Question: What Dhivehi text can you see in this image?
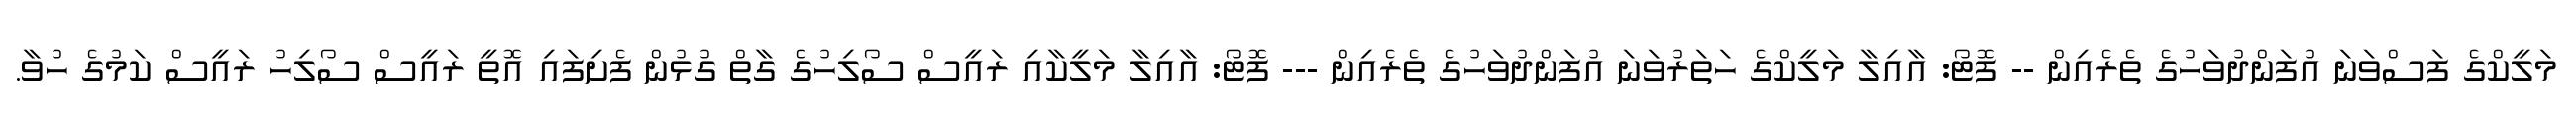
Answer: މަލީކްގެ ފަސްވަނަ އުފަންދުވަހުގެ ތެރެއިން -- ފޮޓޯ: އާއިލާ މަލީކްގެ ހަތަރުވަނަ އުފަންދުވަހުގެ ތެރެއިން --- ފޮޓޯ: އާއިލާ މަލީކާއި ރައީސް ސޯލިހުގެ ގާތް ގުޅުން ފެށިފައި އޮތީ ރައީސް ސޯލިހު ރައީސް ކަމުގެ ހުވާ.